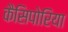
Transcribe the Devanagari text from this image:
कैसिपोरिया